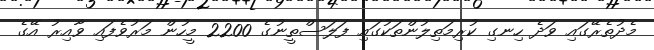
މެދުތެރޭގައި ވަދެ ހިނގި ކުރިމަތިލުންތަކުގައި ފަލަސްތީނުގެ 2200 މީހުން މަރުވެފައި ވާއިރު އޭގެ